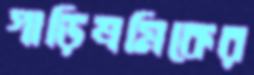
গাড়িশ্রমিকের